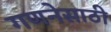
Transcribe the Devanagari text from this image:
गणनेसाठी